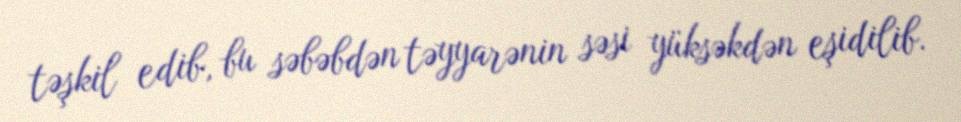
təşkil edib, bu səbəbdən təyyarənin səsi yüksəkdən eşidilib.